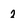
Character: 2